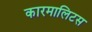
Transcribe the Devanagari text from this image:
कारमालिटस